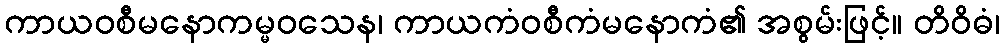
ကာယဝစီမနောကမ္မဝသေန၊ ကာယကံဝစီကံမနောကံ၏ အစွမ်းဖြင့်။ တိဝိဓံ၊